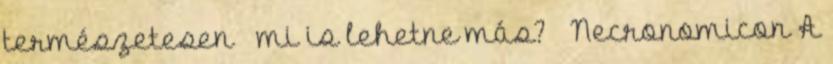
természetesen – mi is lehetne más? – Necronomicon A